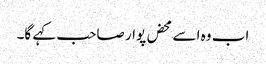
اب وہ اسے محض پوار صاحب کہے گا۔